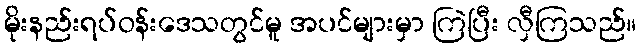
မိုးနည်းရပ်ဝန်းဒေသတွင်မူ အပင်များမှာ ကြဲပြီး လှီကြသည်။